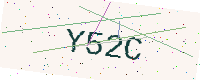
Text: Y52C